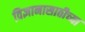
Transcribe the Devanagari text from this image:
विज्ञानासाठीच्या